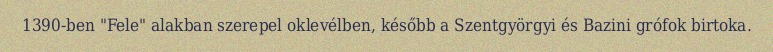
1390-ben "Fele" alakban szerepel oklevélben, később a Szentgyörgyi és Bazini grófok birtoka.